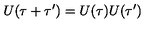
U ( \tau + \tau ^ { \prime } ) = U ( \tau ) U ( \tau ^ { \prime } )